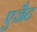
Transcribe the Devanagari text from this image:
एजैेट